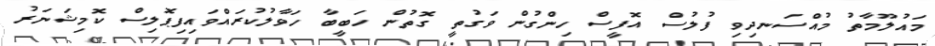
މައުލޫމާތު މުއްސަނދިވި ފުލުސް އޮފީސް ހިންގުން ވަގުތީ ގޮތުން ހަބީބާ ހަވާލުކުރައްވައިފިޕޮލިސް ކޮމިޝަނަރު